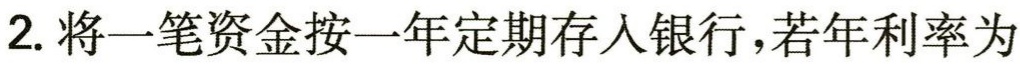
2. 将一笔资金按一年定期存入银行，若年利率为